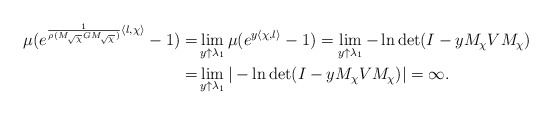
\begin{align*}\mu(e^{\frac{1}{\rho(M_{\sqrt{\chi}}GM_{\sqrt{\chi}})}\langle l,\chi\rangle}-1)=&\lim\limits_{y\uparrow\lambda_1}\mu(e^{y\langle \chi,l\rangle}-1)=\lim\limits_{y\uparrow\lambda_1}-\ln\det(I-yM_{\chi}VM_{\chi})\\=&\lim\limits_{y\uparrow\lambda_1}|-\ln\det(I-yM_{\chi}VM_{\chi})|=\infty.\end{align*}